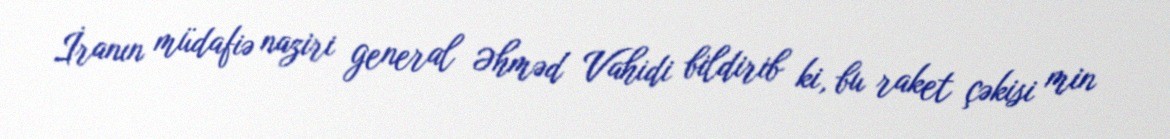
İranın müdafiə naziri general Əhməd Vahidi bildirib ki, bu raket çəkisi min